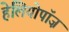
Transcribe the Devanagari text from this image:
हेलियोपॉज़